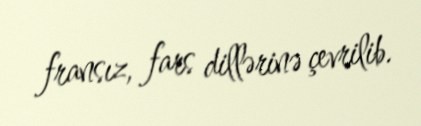
fransız, fars dillərinə çevrilib.